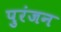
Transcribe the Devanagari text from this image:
पुरंजन